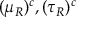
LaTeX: ( \mu _ { R } ) ^ { c } , ( \tau _ { R } ) ^ { c }